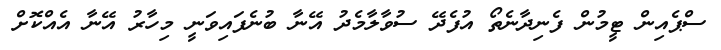
ސްޕެއިން ޓީމުން ފެނިދާނެތޯ އުފެދޭ ސުވާލާމެދު އޭނާ ބުނެފައިވަނީ މިހާރު އޭނާ އެއްކޮށް